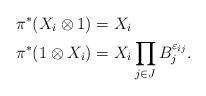
LaTeX: \begin{align*}\pi^*(X_i\otimes1) &= X_i \\\pi^*(1\otimes X_i) &= X_i \prod_{j\in J}B_j^{\varepsilon_{ij}}.\end{align*}